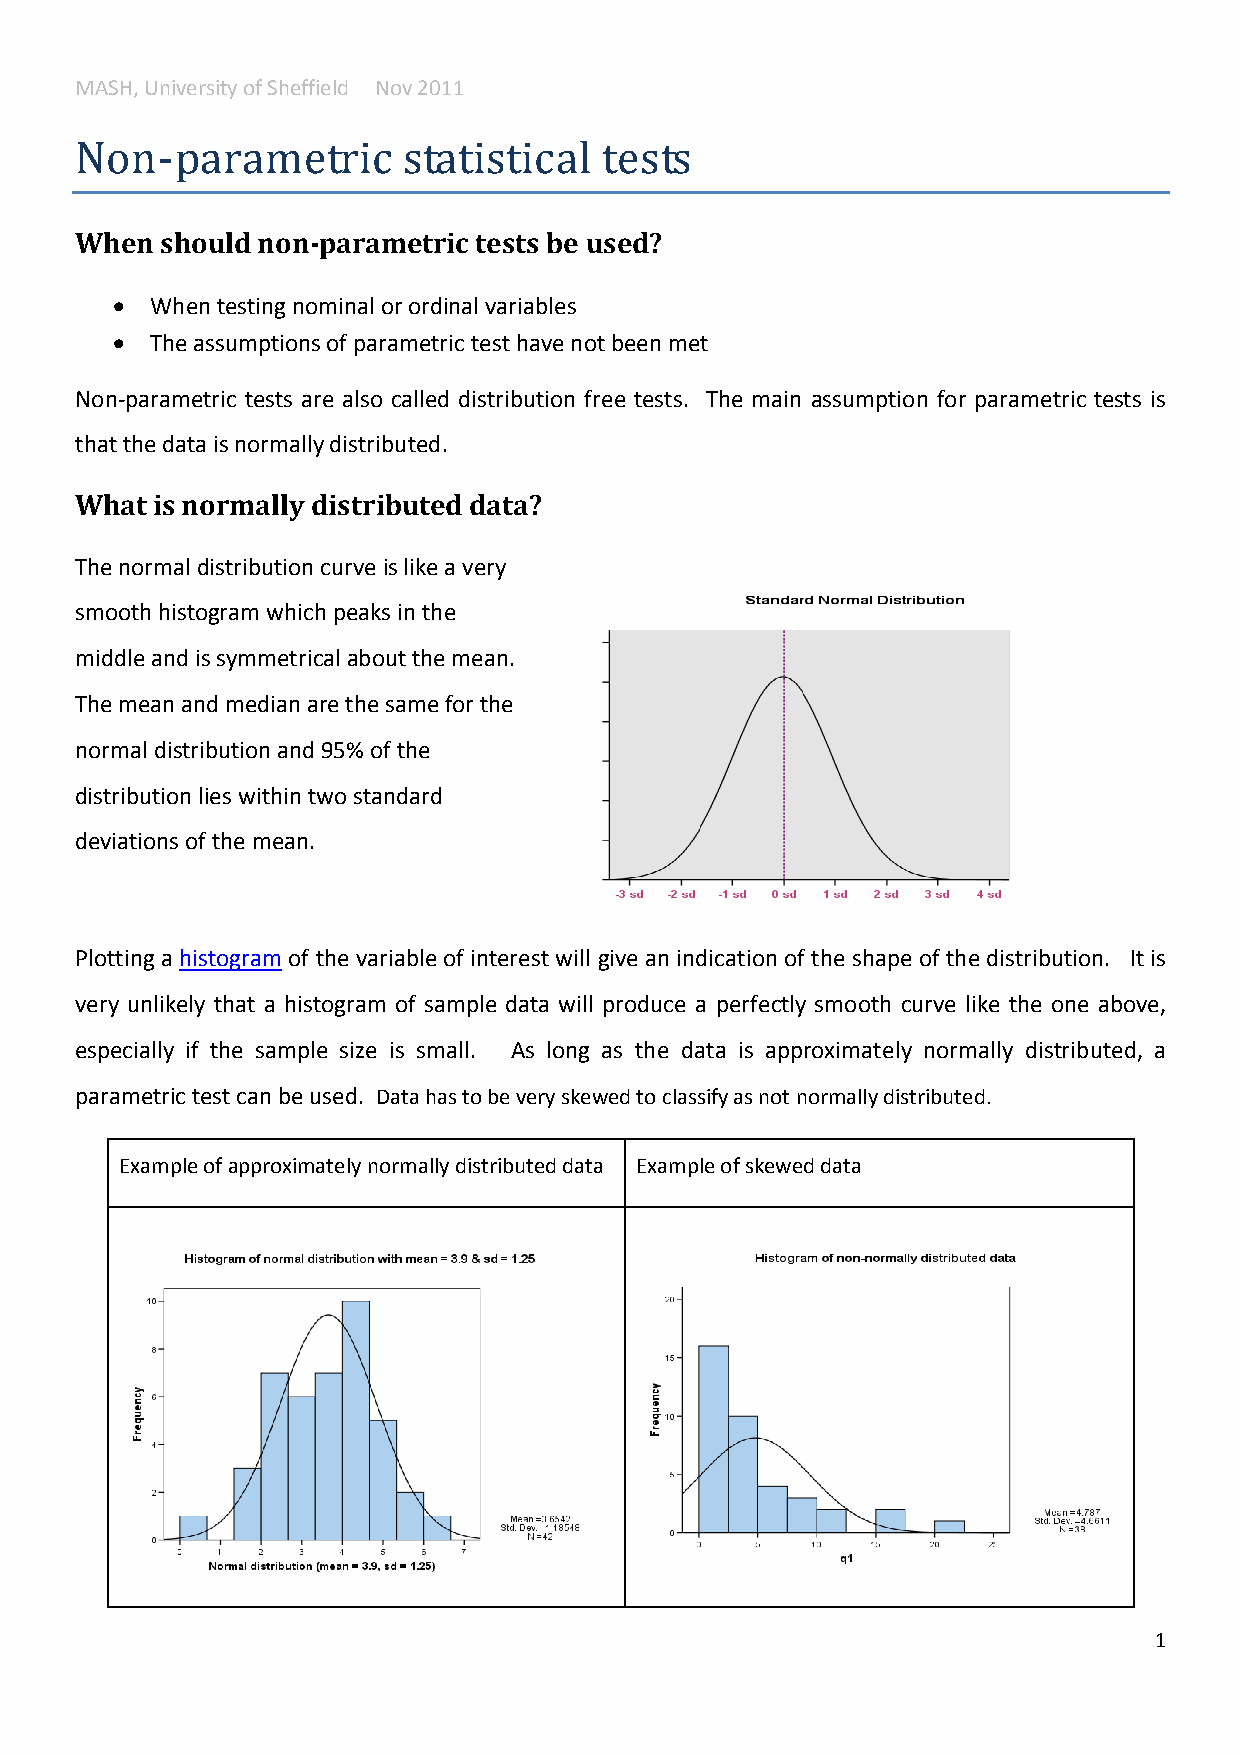
MASH, University of Sheffield Nov 2011
 Non-parametric        statistical  tests
 When  should non-parametric tests be used?
   When testing nominal or ordinal variables
   The assumptions of parametric test have not been met
 Non-parametric tests are also called distribution free tests. The main assumption for parametric tests is
 that the data is normally distributed.
 What is normally distributed data?
 The normal distribution curve is like a very
 smooth histogram which peaks in the
 middle and is symmetrical about the mean.
 The mean and median are the same for the
 normal distribution and 95% of the
 distribution lies within two standard
 deviations of the mean.
 Plotting a histogram of the variable of interest will give an indication of the shape of the distribution. It is
 very unlikely that a histogram of sample data will produce a perfectly smooth curve like the one above,
 especially if the sample size is small. As long as the data is approximately normally distributed, a
 parametric test can be used. Data has to be very skewed to classify as not normally distributed.
 Example of approximately normally distributed data Example of skewed data
 1